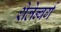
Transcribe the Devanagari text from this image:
शेलेन्बर्ग